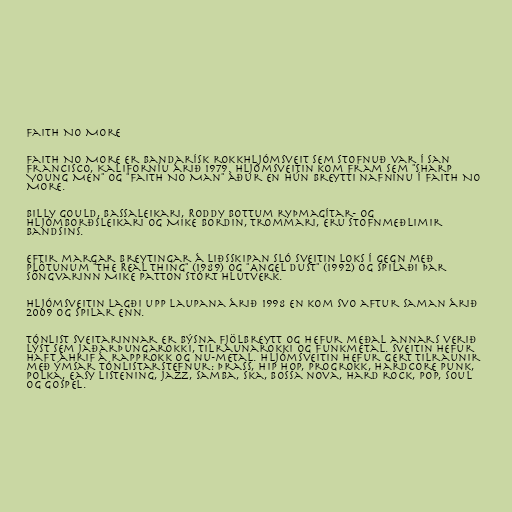
Faith No More

Faith No More er bandarísk rokkhljómsveit sem stofnuð var í San
Francisco, Kaliforníu árið 1979. Hljómsveitin kom fram sem "Sharp
Young Men" og "Faith No Man" áður en hún breytti nafninu í Faith No
More.

Billy Gould, bassaleikari, Roddy Bottum ryþmagítar- og
hljómborðsleikari og Mike Bordin, trommari, eru stofnmeðlimir
bandsins.

Eftir margar breytingar á liðsskipan sló sveitin loks í gegn með
plötunum "The Real Thing" (1989) og "Angel Dust" (1992) og spilaði þar
söngvarinn Mike Patton stórt hlutverk.

Hljómsveitin lagði upp laupana árið 1998 en kom svo aftur saman árið
2009 og spilar enn.

Tónlist sveitarinnar er býsna fjölbreytt og hefur meðal annars verið
lýst sem jaðarþungarokki, tilraunarokki og funkmetal. Sveitin hefur
haft áhrif á rapprokk og nu-metal. Hljómsveitin hefur gert tilraunir
með ýmsar tónlistarstefnur: Þrass, hip hop, progrokk, hardcore punk,
polka, easy listening, jazz, samba, ska, bossa nova, hard rock, pop, soul
og gospel.